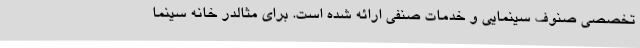
تخصصی صنوف سینمایی و خدمات صنفی ارائه شده است. برای مثالدر خانه سینما